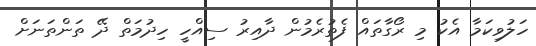
ހަލުވިކަމާ އެކު މި ރޯގާތައް ފެތުރެމުން ދާއިރު ސިއްހީ ހިދުމަތް ދޭ ތަންތަނަށް